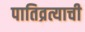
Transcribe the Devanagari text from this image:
पातिव्रत्याची